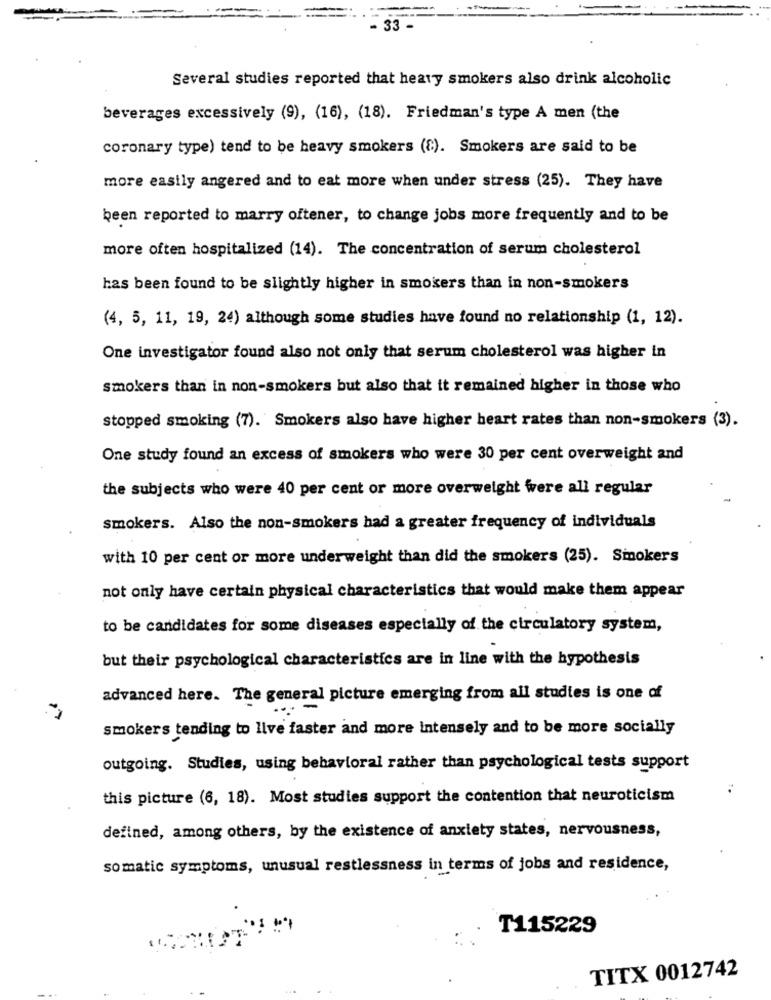
33
Several studies reported that heary smokers also drink alcoholic
beverages excessively (9), (16), (18). Friedman's type A men (the
coronary type) tend to be heavy smokers (8). Smokers are said to be
more easily angered and to eat more when under stress (25). They have
been reported to marry oftener, to change jobs more frequently and to be
more often hospitalized (14). The concentration of serum cholesterol
has been found to be slightly higher in smokers than in non-smokers
(4, 5, 11, 19, 24) although some studies have found no relationship (1, 12).
One investigator found also not only that serum cholesterol was higher in
smokers than in non-smokers but also that it remained higher in those who
stopped smoking (7). Smokers also have higher heart rates than non-smokers (3).
One study found an excess of smokers who were 30 per cent overweight and
the subjects who were 40 per cent or more overweight were all regular
smokers. Also the non-smokers had a greater frequency of individuals
with 10 per cent or more underweight than did the smokers (25). Smokers
not only have certain physical characteristics that would make them appear
to be candidates for some diseases especially of the circulatory system,
but their psychological characteristics are in line with the hypothesis
advanced here. The general picture emerging from all studies is one of
smokers tending to live faster and more intensely and to be more socially
outgoing. Studies, using behavioral rather than psychological tests support
this picture (6, 18). Most studies support the contention that neuroticism
defined, among others, by the existence of anxiety states, nervousness,
somatic symptoms, unusual restlessness in terms of jobs and residence,
T115229
TITX 0012742